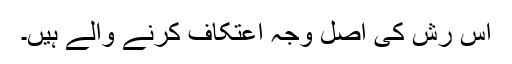
اس رش کی اصل وجہ اعتکاف کرنے والے ہیں۔